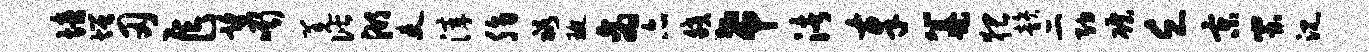
培增刃乍望嘶羌偕湖吏滓脂裕琬商亦皎希渚奉纂猥韵二纳碾乏京蚩沉